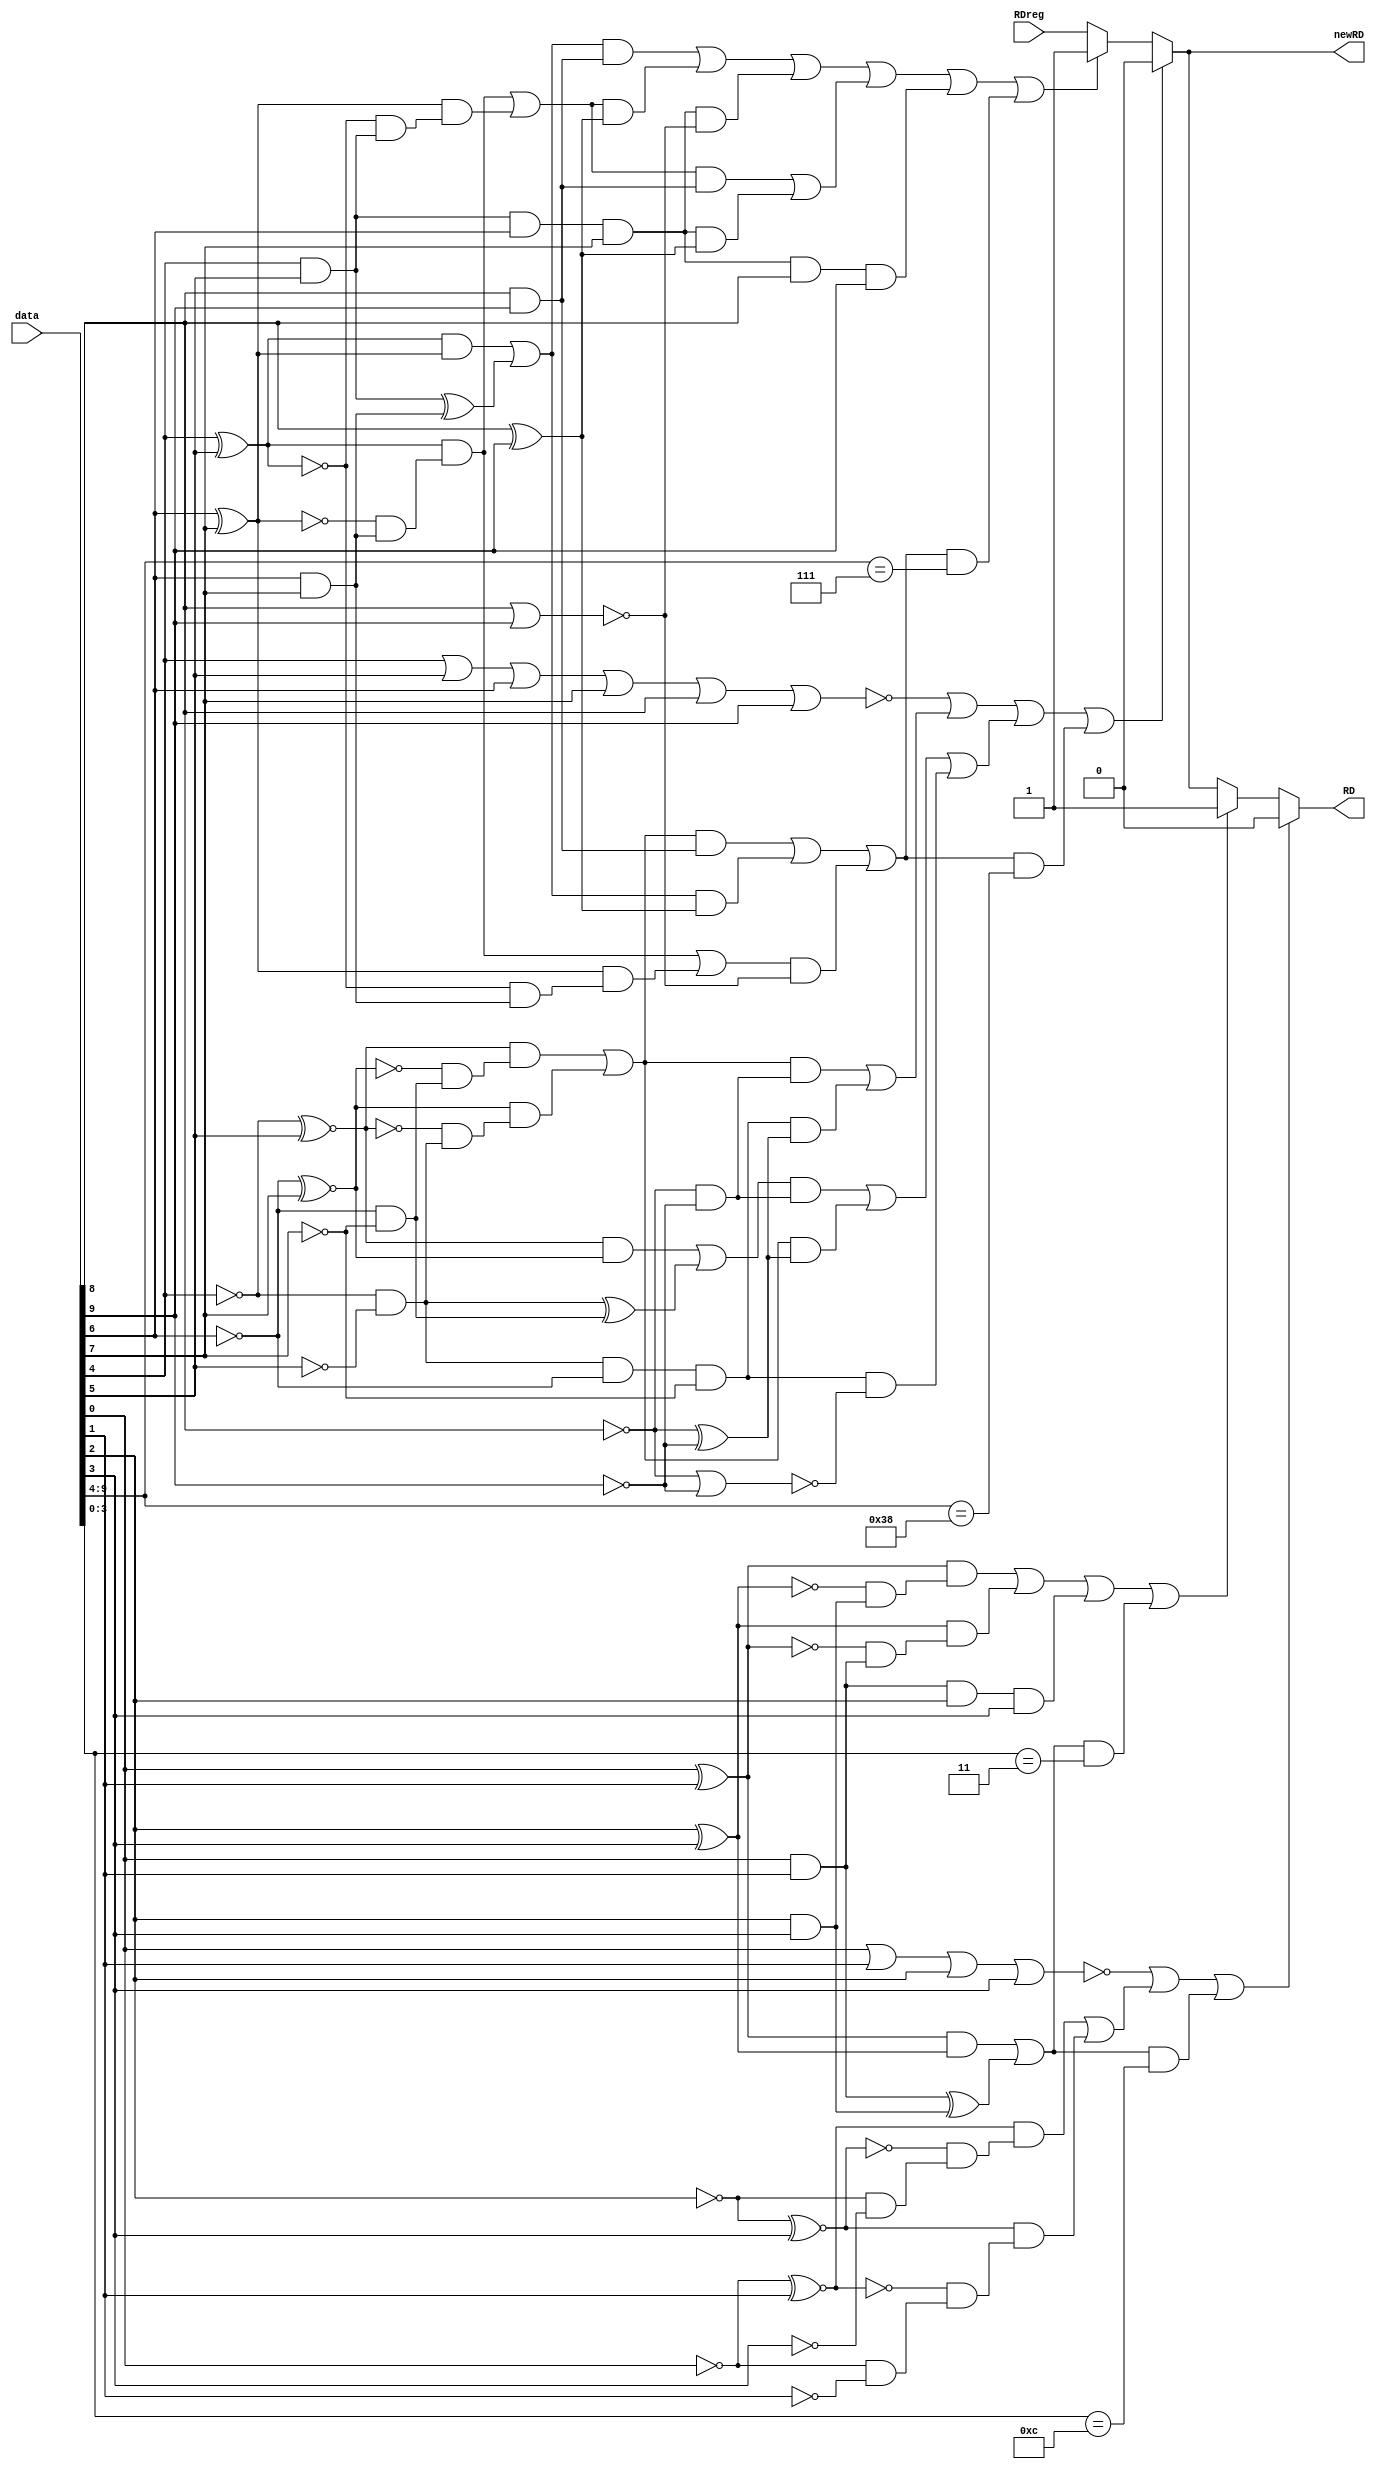
// ========== Copyright Header Begin ==========================================
// 
// OpenSPARC T2 Processor File: pcs_rx_disparity.v
// Copyright (C) 1995-2007 Sun Microsystems, Inc. All Rights Reserved
// 4150 Network Circle, Santa Clara, California 95054, U.S.A.
//
// * DO NOT ALTER OR REMOVE COPYRIGHT NOTICES OR THIS FILE HEADER. 
//
// This program is free software; you can redistribute it and/or modify
// it under the terms of the GNU General Public License as published by
// the Free Software Foundation; version 2 of the License.
//
// This program is distributed in the hope that it will be useful,
// but WITHOUT ANY WARRANTY; without even the implied warranty of
// MERCHANTABILITY or FITNESS FOR A PARTICULAR PURPOSE.  See the
// GNU General Public License for more details.
//
// You should have received a copy of the GNU General Public License
// along with this program; if not, write to the Free Software
// Foundation, Inc., 59 Temple Place, Suite 330, Boston, MA  02111-1307  USA
// 
// For the avoidance of doubt, and except that if any non-GPL license 
// choice is available it will apply instead, Sun elects to use only 
// the General Public License version 2 (GPLv2) at this time for any 
// software where a choice of GPL license versions is made 
// available with the language indicating that GPLv2 or any later version 
// may be used, or where a choice of which version of the GPL is applied is 
// otherwise unspecified. 
//
// Please contact Sun Microsystems, Inc., 4150 Network Circle, Santa Clara, 
// CA 95054 USA or visit www.sun.com if you need additional information or 
// have any questions. 
// 
// ========== Copyright Header End ============================================
// @(#)pcs_rx_disparity.v	1.1G
/**********************************************************************/
/* Project Name  :  CASSINI                                           */
/* Module Name   :  PCS Running Disparity Calculator		      */
/* Description   :  Calculates new running disparity based on	      */
/*		    disparity for both most significant 6 bits and    */
/*		    least significant 4 bits.  The running disparity  */
/*		    of the most significant 6 bits is called new_RD.  */
/*		    The final running disparity for all 10 bits is    */
/*		    called RD.					      */
/*    								      */
/* Assumptions   : none.					      */
/*    								      */
/* Parent module : pcs_decoder.v                                      */
/* Child modules : none.                                              */
/* Author Name   : Linda Chen                                         */
/* Date Created  : 10/21/96                                           */
/*                                                                    */
/*              Copyright (c) 1994, Sun Microsystems, Inc.            */
/*                   Sun Proprietary and Confidential                 */
/*                                                                    */ 
/* Modifications : none yet                                           */
/* Synthesis Notes : none yet                                         */
/**********************************************************************/
	
module pcs_rx_disparity	(data, RDreg, 	// inputs
			 newRD, RD);	// outputs

	input	[9:0]	data;	// 8b10b encoded data
	input	RDreg;		// current running disparity

	output	newRD, 		// mid character running disparity	
		RD;		// final value for running disparity

	wire	noneof6, oneof6, twoof6, threeof6, fourof6, fiveof6, sixof6;
					//no. of 1#s in data[9:4]
	wire	noneof4, oneof4, twoof4, threeof4, fourof4;	
					//no. of 1#s in data[3:0]

	assign	noneof4 = ~(data[0] | data[1] | data[2] | data[3]),
		fourof4 = data[0] & data[1] & data[2] & data[3],
		threeof4 = ((data[0]^data[1]) & (~(data[2]^data[3]) & 
			(data[2]&data[3]))) |  ((data[2]^data[3]) & 
			(~(data[0]^data[1]) & (data[0]&data[1]))),
		oneof4 = ((~data[0]^~data[1]) & (~(~data[2]^~data[3]) & 
			(~data[2]&~data[3]))) | ((~data[2]^~data[3]) & 
			(~(~data[0]^~data[1]) & (~data[0]&~data[1]))),
		twoof4 = ((data[0]^data[1]) & (data[2]^data[3])) | 
			((data[0]&data[1]) ^ (data[2]&data[3])),
		noneof6 = ~(data[4] | data[5] | data[6] | data[7] | 
			data[8] | data[9]),
		sixof6 = data[4] & data[5] & data[6] & data[7] & data[8] & 
			data[9],
		fiveof6 = ( (((data[4]^data[5]) & (~(data[6]^data[7]) & 
			(data[6]&data[7]))) | ((data[6]^data[7]) & 
			(~(data[4]^data[5]) & (data[4]&data[5])))) & 
			(data[8] & data[9]) ) | ((data[4] & data[5] & 
			data[6] & data[7]) & (data[8] ^ data[9])),
		oneof6 = ( (((~data[4]^~data[5]) & (~(~data[6]^~data[7]) & 
			(~data[6]&~data[7]))) | ((~data[6]^~data[7]) & 
			(~(~data[4]^~data[5]) & (~data[4]&~data[5])))) 
                        & (~data[8] & ~data[9]) ) | ((~data[4] & ~data[5] & 
			~data[6] & ~data[7]) & (~data[8] ^ ~data[9])),
		fourof6 = ( (((data[4]^data[5]) & (data[6]^data[7])) | 
			((data[4]&data[5]) ^ (data[6]&data[7]))) & 
			(data[8] & data[9]) ) |	( (((data[4]^data[5]) & 
			(~(data[6]^data[7]) & (data[6]&data[7]))) | 
			((data[6]^data[7]) & (~(data[4]^data[5]) & 
			(data[4]&data[5])))) & (data[8] ^ data[9]) ) |
			( (data[4] & data[5] & data[6] & data[7]) & 
			(~(data[8]|data[9])) ),
		twoof6 = ( (((~data[4]^~data[5]) & (~data[6]^~data[7])) | 
			((~data[4]&~data[5]) ^ (~data[6]&~data[7]))) & 
			(~data[8] & ~data[9]) ) | ( (((~data[4]^~data[5]) & 
			(~(~data[6]^~data[7]) & (~data[6]&~data[7]))) 
                        | ((~data[6]^~data[7]) & (~(~data[4]^~data[5]) & 
			(~data[4]&~data[5])))) & (~data[8] ^ ~data[9]) ) | 
                        ( (~data[4] & ~data[5] & ~data[6] & ~data[7]) & 
			(~(~data[8]|~data[9])) ),
		threeof6 = ( (((~data[4]^~data[5]) & (~(~data[6]^~data[7]) & 
			(~data[6]&~data[7]))) | ((~data[6]^~data[7]) & 
			(~(~data[4]^~data[5]) & (~data[4]&~data[5])))) & 
			(data[8] & data[9]) ) |	( (((data[4]^data[5]) & 
			(data[6]^data[7])) | 
			((data[4]&data[5]) ^ (data[6]&data[7]))) & 
			(data[8] ^ data[9]) ) |	( (((data[4]^data[5]) & 
			(~(data[6]^data[7]) & (data[6]&data[7])))
                        |  ((data[6]^data[7]) & (~(data[4]^data[5]) & 
			(data[6]&data[7])))) & ( ~(data[8] | data[9])) ),
		newRD = ((noneof6 | oneof6 | twoof6) | 
			(threeof6 & (data[9:4]==6'b111000))) ? 1'b0 :
			((fourof6 | fiveof6 | sixof6) | (threeof6 & 
			(data[9:4]==6'b000111))) ? 1'b1 : RDreg,
		RD =  ((noneof4 | oneof4) | (twoof4 & 
			(data[3:0]==4'b1100))) ? 1'b0 : ((threeof4 | fourof4)
			| (twoof4 & (data[3:0]==4'b0011))) ? 1'b1 : newRD;

endmodule